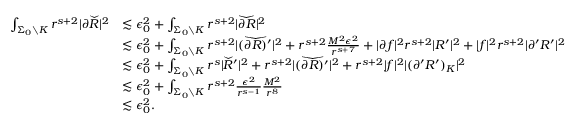
\begin{array} { r l } { \int _ { \Sigma _ { 0 } \setminus K } r ^ { s + 2 } | { \partial } \widecheck R | ^ { 2 } } & { \lesssim \epsilon _ { 0 } ^ { 2 } + \int _ { \Sigma _ { 0 } \setminus K } r ^ { s + 2 } | \widecheck { { \partial } R } | ^ { 2 } } \\ & { \lesssim \epsilon _ { 0 } ^ { 2 } + \int _ { \Sigma _ { 0 } \setminus K } r ^ { s + 2 } | \widecheck { ( { \partial } R ) ^ { \prime } } | ^ { 2 } + r ^ { s + 2 } \frac { M ^ { 2 } \epsilon ^ { 2 } } { r ^ { s + 7 } } + | { \partial } f | ^ { 2 } r ^ { s + 2 } | R ^ { \prime } | ^ { 2 } + | f | ^ { 2 } r ^ { s + 2 } | { \partial } ^ { \prime } R ^ { \prime } | ^ { 2 } } \\ & { \lesssim \epsilon _ { 0 } ^ { 2 } + \int _ { \Sigma _ { 0 } \setminus K } r ^ { s } | \widecheck R ^ { \prime } | ^ { 2 } + r ^ { s + 2 } | \widecheck { ( { \partial } R ) ^ { \prime } } | ^ { 2 } + r ^ { s + 2 } | f | ^ { 2 } | ( { \partial } ^ { \prime } R ^ { \prime } ) _ { K } | ^ { 2 } } \\ & { \lesssim \epsilon _ { 0 } ^ { 2 } + \int _ { \Sigma _ { 0 } \setminus K } r ^ { s + 2 } \frac { \epsilon ^ { 2 } } { r ^ { s - 1 } } \frac { M ^ { 2 } } { r ^ { 8 } } } \\ & { \lesssim \epsilon _ { 0 } ^ { 2 } . } \end{array}